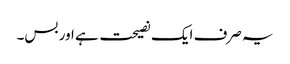
یہ صرف ایک نصیحت ہے اور بس۔